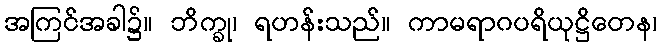
အကြင်အခါ၌။ ဘိက္ခု၊ ရဟန်းသည်။ ကာမရာဂပရိယုဋ္ဌိတေန၊